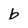
Character: b